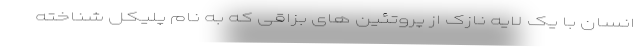
انسان با یک لایه نازک از پروتئین های بزاقی که به نام پلیکل شناخته